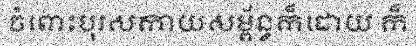
ចំពោះបុរសកាយសម្ព័ន្ធក៏ដោយ ក៏